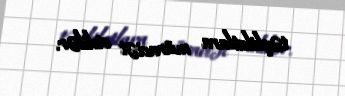
təşkilatlara müraciət etdilər.